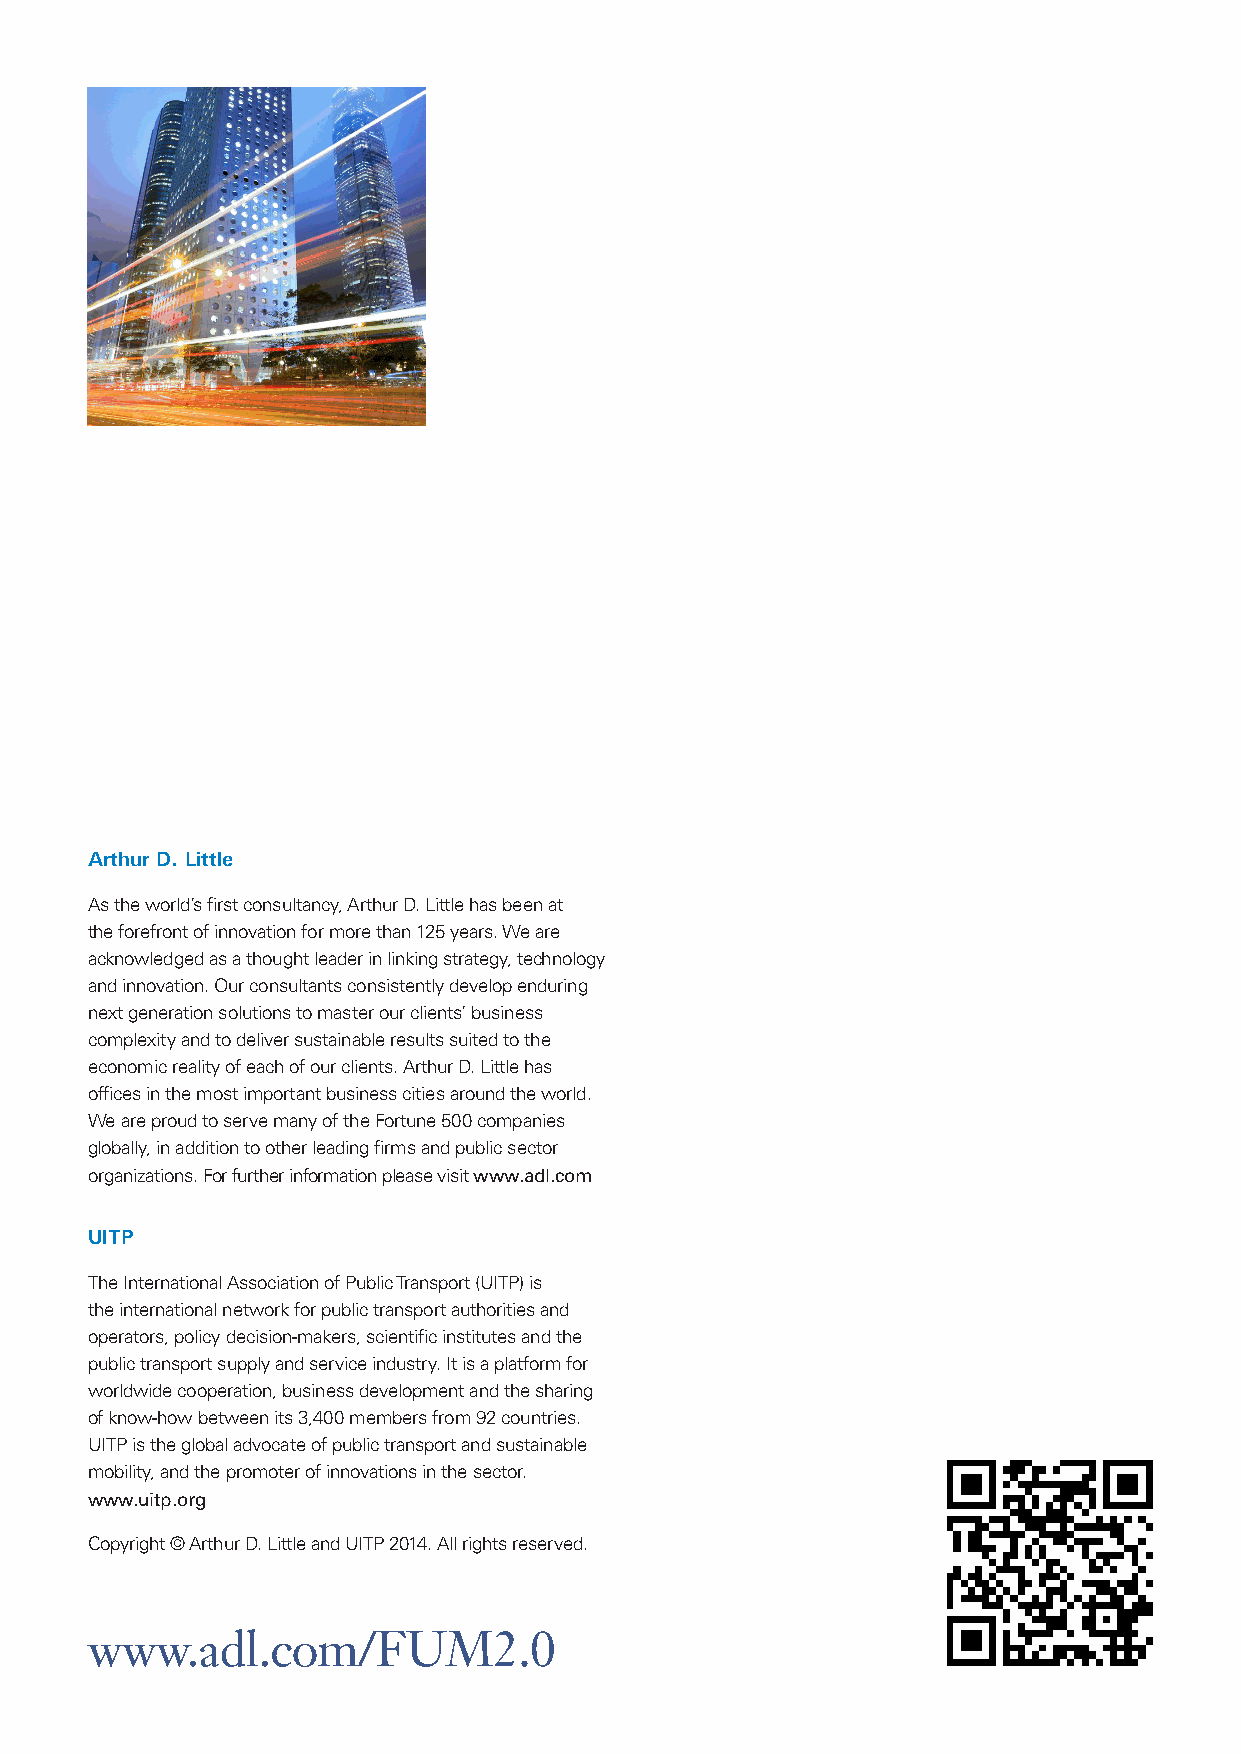
Arthur D. Little
 As the world’s first consultancy, Arthur D. Little has been at
 the forefront of innovation for more than 125 years. We are
 acknowledged as a thought leader in linking strategy, technology
 and innovation. Our consultants consistently develop enduring
 next generation solutions to master our clients’ business
 complexity and to deliver sustainable results suited to the
 economic reality of each of our clients. Arthur D. Little has
 offices in the most important business cities around the world.
 We are proud to serve many of the Fortune 500 companies
 globally, in addition to other leading firms and public sector
 organizations. For further information please visit www.adl.com
 UITP
 The International Association of Public Transport (UITP) is
 the international network for public transport authorities and
 operators, policy decision-makers, scientific institutes and the
 public transport supply and service industry. It is a platform for
 worldwide cooperation, business development and the sharing
 of know-how between its 3,400 members from 92 countries.
 UITP is the global advocate of public transport and sustainable
 mobility, and the promoter of innovations in the sector.
 www.uitp.org
 Copyright © Arthur D. Little and UITP 2014. All rights reserved.
 www.adl.com/FUM2.0